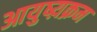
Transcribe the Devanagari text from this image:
आयुष्य़क्रम